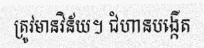
ត្រូវមានវិន័យ។ ជំហានបង្កើត